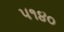
૫૧૪૦